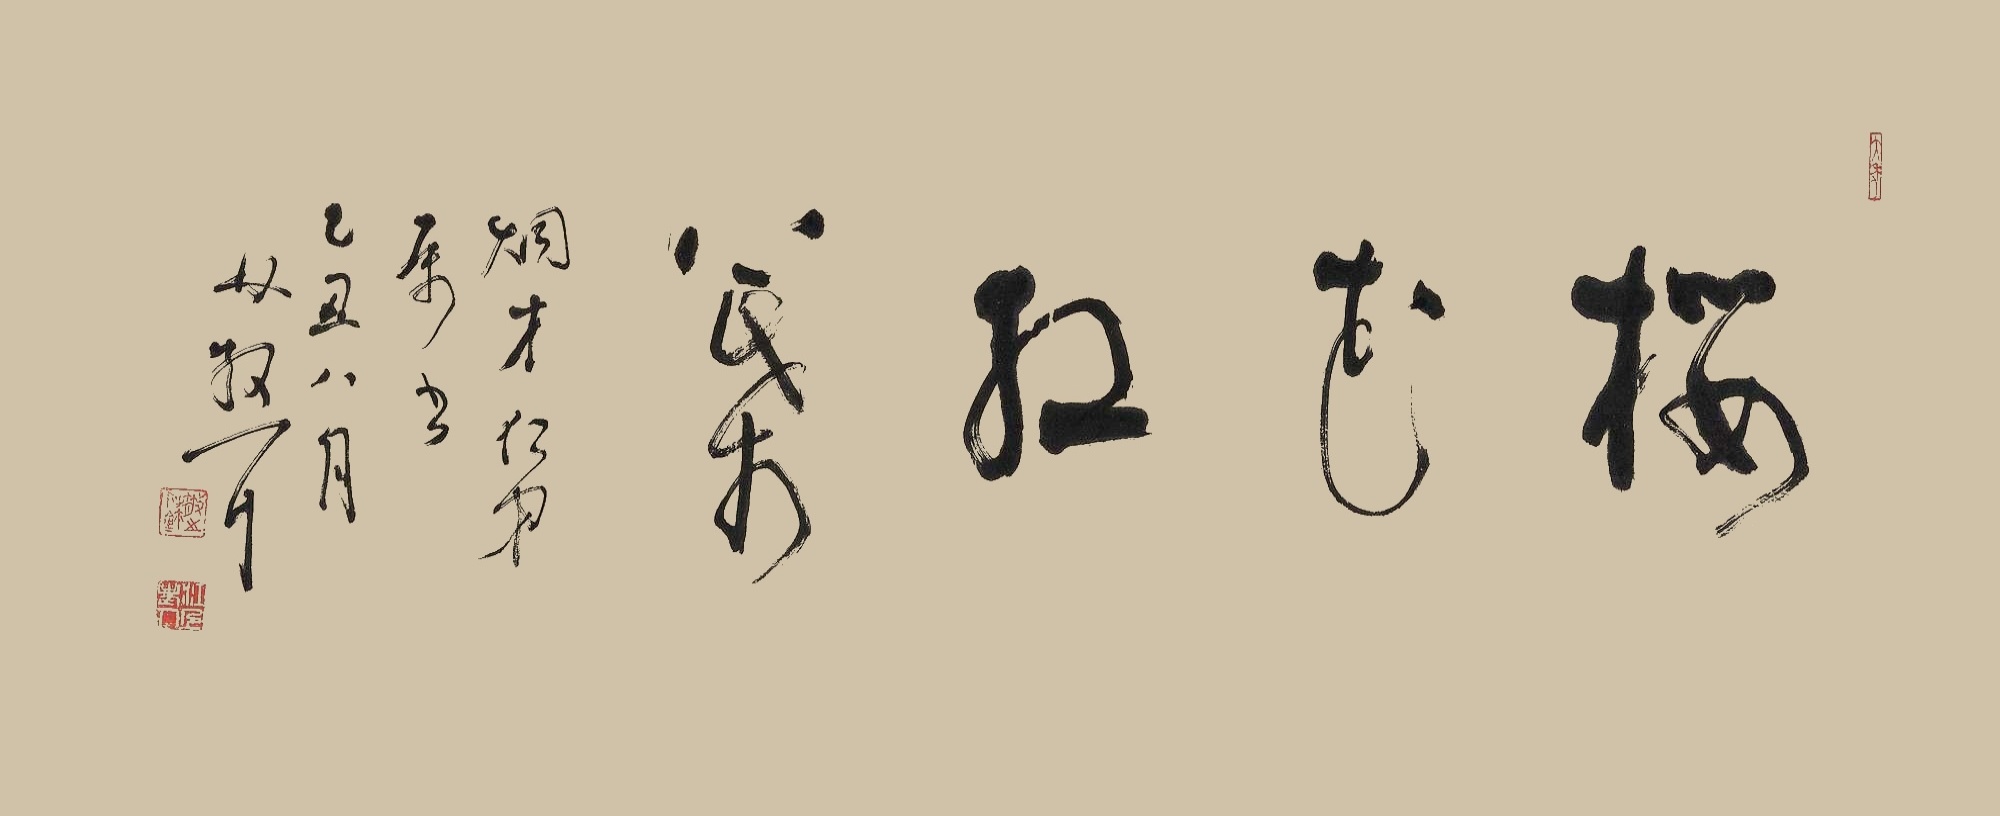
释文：梅花红叶。炯才仁弟属书，乙丑八月，林散耳。